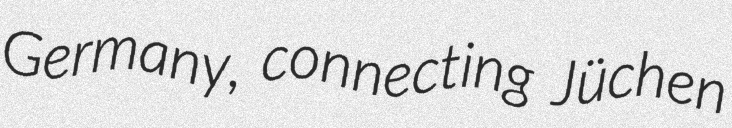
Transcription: Germany, connecting Jüchen